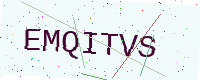
Text: EMQITVS